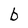
Character: b